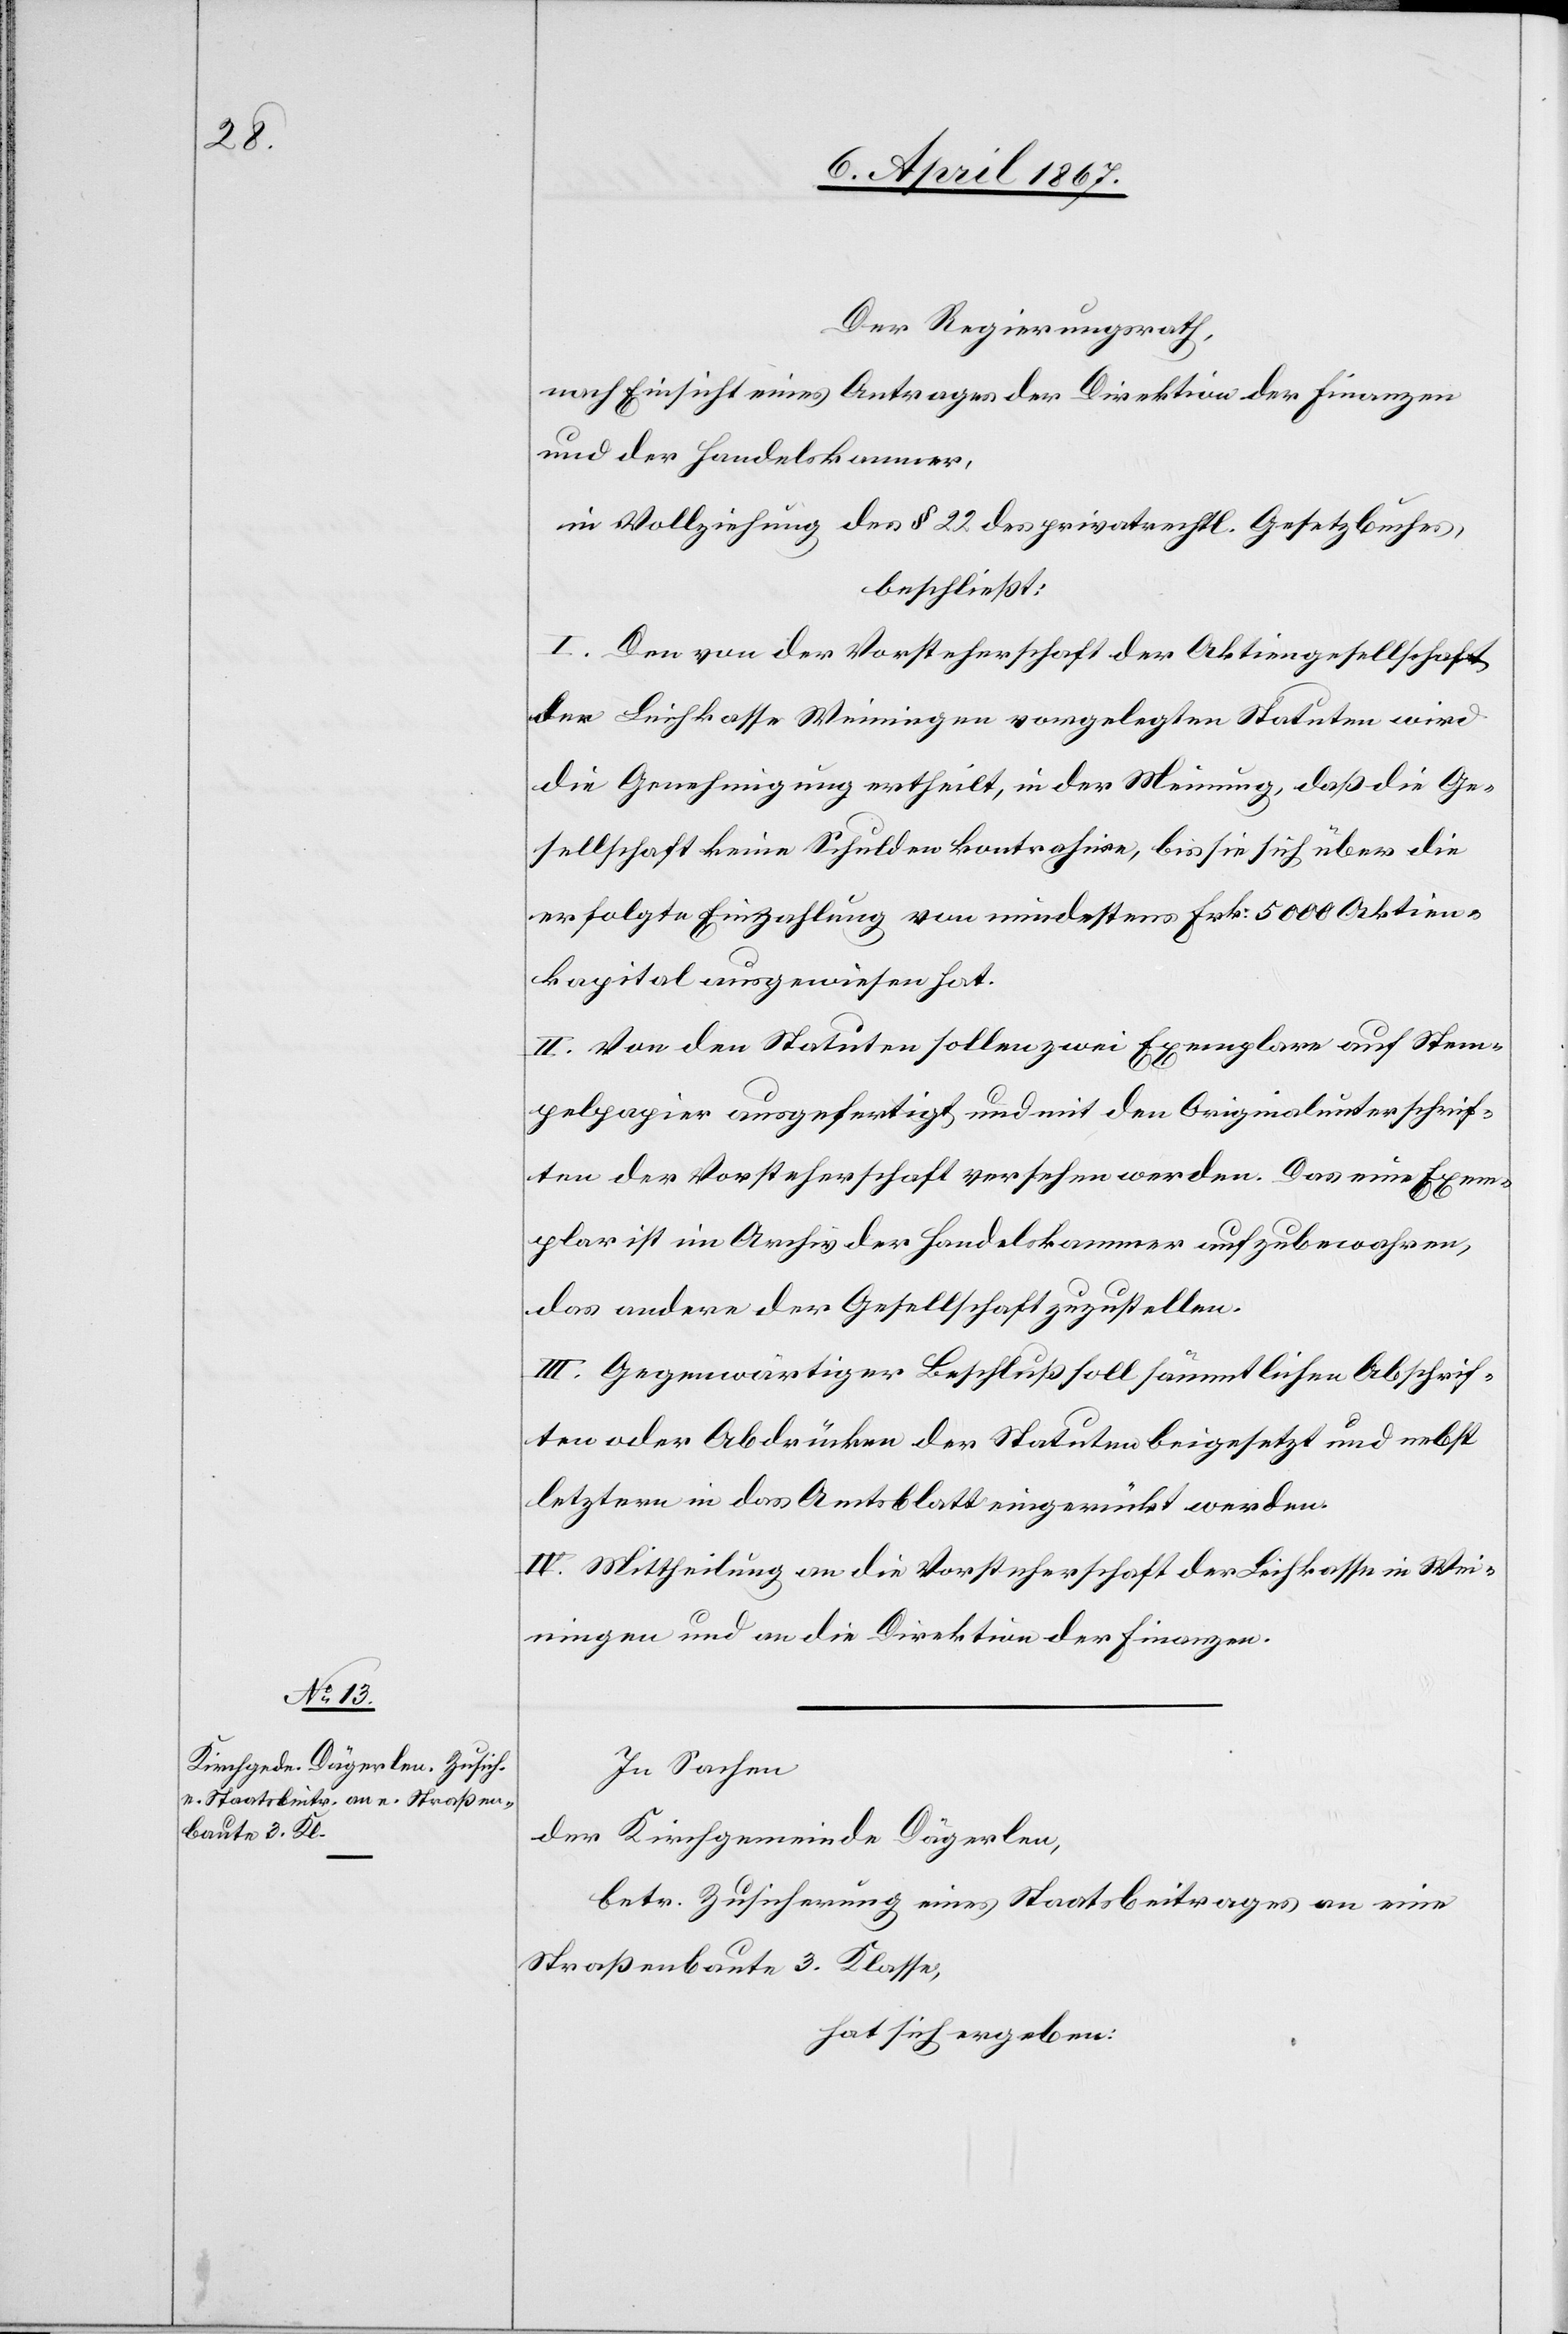
Der Regierungsrath,
nach Einsicht eines Antrages der Direktion der Finanzen
und der Handelskammer,
in Vollziehung des § 22 des privatrechtl. Gesetzbuches,
beschließt:
I. Den von der Vorsteherschaft der Aktiengesellschaft
der Leihkasse Weiningen vorgelegten Statuten wird
die Genehmigung ertheilt, in der Meinung, daß die Ge¬
sellschaft keine Schulden kontrahire, bis sie sich über die
erfolgte Einzahlung von mindestens Frk: 5000 Aktien¬
kapital ausgewiesen hat.
II. Von den Statuten sollen zwei Exemplare auf Stem¬
pelpapier ausgefertigt und mit den Originalunterschrif¬
ten der Vorsteherschaft versehen werden. Das eine Exem¬
plar ist im Archiv der Handelskammer aufzubewahren,
das andere der Gesellschaft zuzustellen.
III. Gegenwärtiger Beschluß soll sämmtlichen Abschrif¬
ten oder Abdrücken der Statuten beigesetzt und nebst
letztern in das Amtsblatt eingerückt werden.
IV. Mittheilung an die Vorsteherschaft der Leihkasse in Wei¬
ningen und an die Direktion der Finanzen.
In Sachen
der Kirchgemeinde Dägerlen,
betr. Zusicherung eines Staatsbeitrages an eine
Straßenbaute 3. Klasse,
hat sich ergeben: